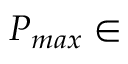
P _ { m a x } \in